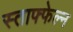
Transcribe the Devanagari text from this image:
स्ताफ्फेल्न